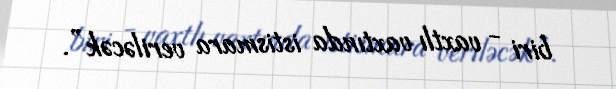
biri - vaxtlı vaxtında istismara veriləcək”.